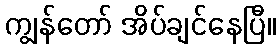
ကျွန်တော် အိပ်ချင်နေပြီ။